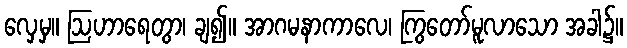
လှေမှ။ ဩဟာရေတွာ၊ ချ၍။ အာဂမနာကာလေ၊ ကြွတော်မူလာသော အခါ၌။